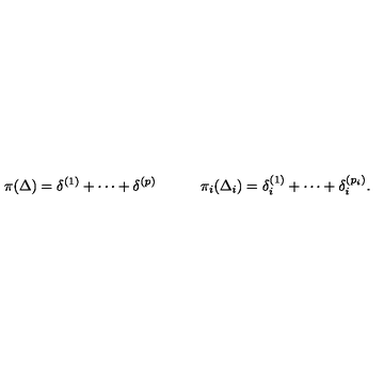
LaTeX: \pi ( \Delta ) = \delta ^ { ( 1 ) } + \cdots + \delta ^ { ( p ) } \qquad \quad \pi _ { i } ( \Delta _ { i } ) = \delta _ { i } ^ { ( 1 ) } + \cdots + \delta _ { i } ^ { ( p _ { i } ) } .